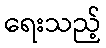
ရေးသည့်